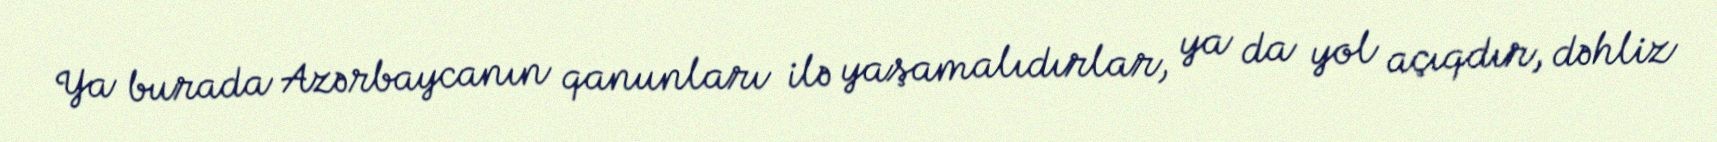
Ya burada Azərbaycanın qanunları ilə yaşamalıdırlar, ya da yol açıqdır, dəhliz